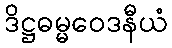
ဒိဋ္ဌဓမ္မဝေဒနီယံ